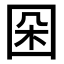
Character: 𡇙